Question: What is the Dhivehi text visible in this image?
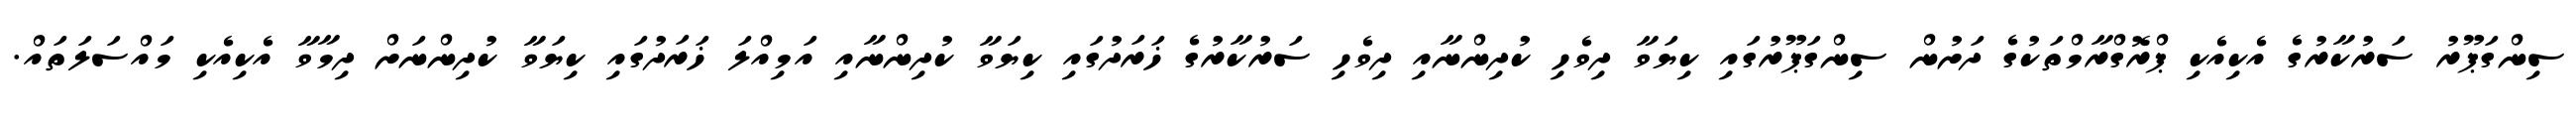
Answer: ސިންގަޕޫރު ސަރުކާރުގެ އެކިއެކި ޕްރޮގްރާމްތަކުގެ ދަށުން ސިންގަޕޫރުގައި ކިޔަވާ ދިވެހި ކުދިންނާއި ދިވެހި ސަރުކާރުގެ ޚަރަދުގައި ކިޔަވާ ކުދިންނާއި އަމިއްލަ ޚަރަދުގައި ކިޔަވާ ކުދިންނަށް ދިމާވާ އެކިއެކި މައްސަލަތައް.